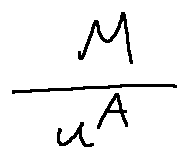
\frac { M } { u ^ { A } }